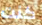
كنت